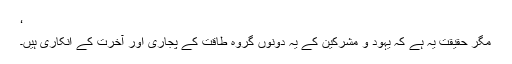
‘
مگر حقیقت یہ ہے کہ یہود و مشرکین کے یہ دونوں گروہ طاقت کے پجاری اور آخرت کے انکاری ہیں۔